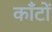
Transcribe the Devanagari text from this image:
कॉँटों